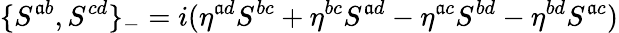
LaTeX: \{ S^{\mathfrak{a}b},S^{cd}\} _{-}=i(\eta^{\mathfrak{a}d}S^{bc}+\eta^{bc}S^{\mathfrak{a}d}-\eta^{\mathfrak{a}c}S^{bd}-\eta^{bd}S^{\mathfrak{a}c})